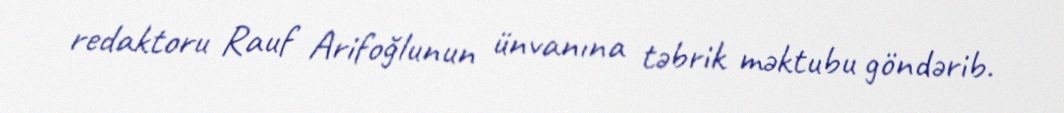
redaktoru Rauf Arifoğlunun ünvanına təbrik məktubu göndərib.